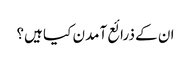
ان کے ذرائع آمدن کیا ہیں؟